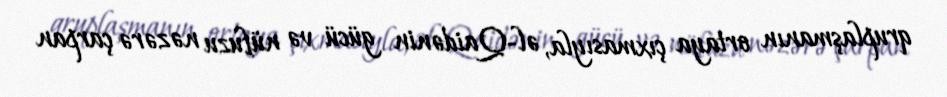
qruplaşmanın ortaya çıxmasıyla, əl-Qaidənin gücü və nüfuzu nəzərə çarpan